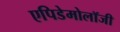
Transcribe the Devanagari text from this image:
एपिडेमोलॉजी